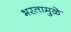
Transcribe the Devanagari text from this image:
भरतामुळे